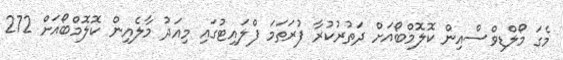
މެގަ މޯލްޑިވްސްއިން ކޮލޮމްބޯއަށް ދަތުރުކުރާ ފުރަތަމަ ފްލައިޓުގައި މިއަދު މާލެއިން ކޮލޮމްބޯއަށް 272